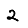
Digit: 2